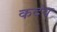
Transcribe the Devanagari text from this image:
कदंव